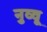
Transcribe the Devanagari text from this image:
नुव्वू